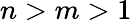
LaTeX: n>m>1